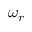
\omega _ { r }